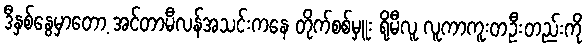
ဒီနှစ်နွေမှာတော့ အင်တာမီလန်အသင်းကနေ တိုက်စစ်မှူး ရိုမီလူ လူကာကူးတဦးတည်းကို